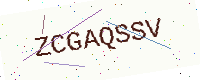
Text: ZCGAQSSV